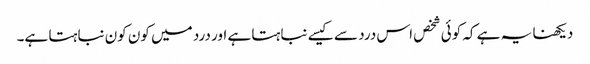
دیکھنا یہ ہے کہ کوئی شخص اس درد سے کیسے نباہتا ہے اور درد میں کون کون نباہتا ہے۔